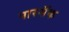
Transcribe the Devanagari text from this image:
पारसॅक